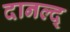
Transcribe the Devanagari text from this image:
दानल्द्